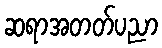
ဆရာအတတ်ပညာ